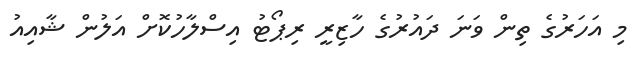
މި އަހަރުގެ ތިން ވަނަ ދައުރުގެ ހާޒިރީ ރިޕޯޓު އިސްލާހުކޮށް އަލުން ޝާއިއު